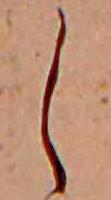
し